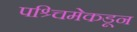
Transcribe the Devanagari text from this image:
पश्र्चिमेकडून